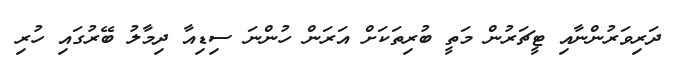
ދަރިވަރުންނާއި ޓީޗަރުން މަތީ ބުރިތަކަށް އަރަން ހުންނަ ސިޑިއާ ދިމާލު ބޭރުގައި ހުރި